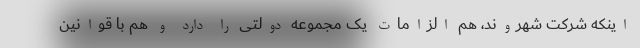
اینکه شرکت شهروند، هم الزامات یک مجموعه دولتی را دارد و هم با قوانین